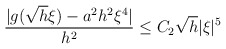
\begin{align*} \begin{aligned} \frac{ |g(\sqrt{h}\xi)-a^2h^2\xi^4|}{h^2}\le C_2\sqrt{h}|\xi|^5 \end{aligned} \end{align*}